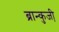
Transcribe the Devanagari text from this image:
ब्रान्कुजी़